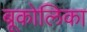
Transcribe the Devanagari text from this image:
बूकोलिका